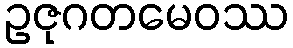
ဥဇုဂတမေဝဿ